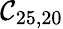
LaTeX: \mathcal{C}_{25,20}